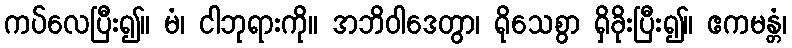
ကပ်လေပြီး၍။ မံ၊ ငါဘုရားကို။ အဘိဝါဒေတွာ၊ ရိုသေစွာ ရှိခိုးပြီး၍။ ဧကမန္တံ၊